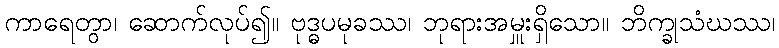
ကာရေတွာ၊ ဆောက်လုပ်၍။ ဗုဒ္ဓပမုခဿ၊ ဘုရားအမှူးရှိသော။ ဘိက္ခုသံဃဿ၊